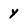
Character: Y